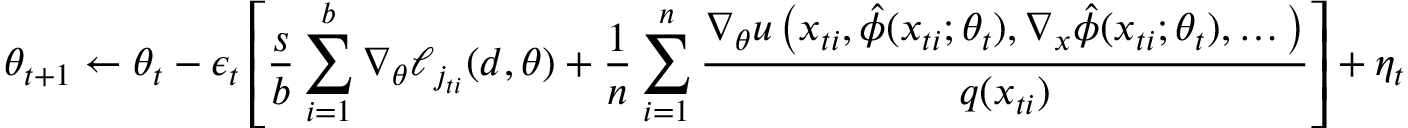
\theta _ { t + 1 } \leftarrow \theta _ { t } - \epsilon _ { t } \left[ \frac { s } { b } \sum _ { i = 1 } ^ { b } \nabla _ { \theta } \ell _ { j _ { t i } } ( d , \theta ) + \frac { 1 } { n } \sum _ { i = 1 } ^ { n } \frac { \nabla _ { \theta } u \left( x _ { t i } , \hat { \phi } ( x _ { t i } ; \theta _ { t } ) , \nabla _ { x } \hat { \phi } ( x _ { t i } ; \theta _ { t } ) , \dots \right) } { q ( x _ { t i } ) } \right] + \eta _ { t }